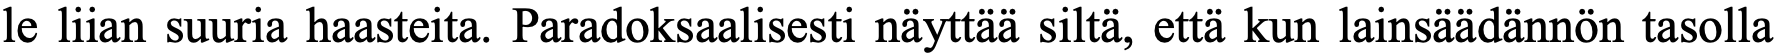
le liian suuria haasteita. Paradoksaalisesti näyttää siltä, että kun lainsäädännön tasolla